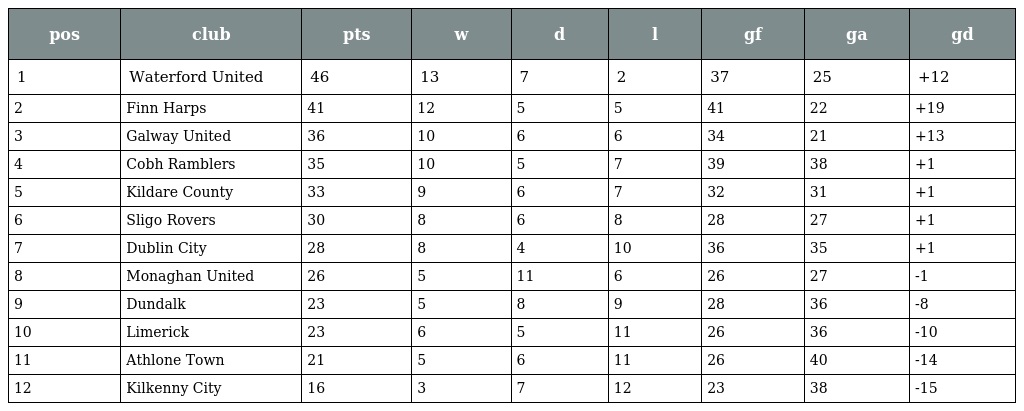
| pos | club | pts | w | d | l | gf | ga | gd |
 | --- | --- | --- | --- | --- | --- | --- | --- | --- |
 | 1 | Waterford United | 46 | 13 | 7 | 2 | 37 | 25 | +12 |
 | 2 | Finn Harps | 41 | 12 | 5 | 5 | 41 | 22 | +19 |
 | 3 | Galway United | 36 | 10 | 6 | 6 | 34 | 21 | +13 |
 | 4 | Cobh Ramblers | 35 | 10 | 5 | 7 | 39 | 38 | +1 |
 | 5 | Kildare County | 33 | 9 | 6 | 7 | 32 | 31 | +1 |
 | 6 | Sligo Rovers | 30 | 8 | 6 | 8 | 28 | 27 | +1 |
 | 7 | Dublin City | 28 | 8 | 4 | 10 | 36 | 35 | +1 |
 | 8 | Monaghan United | 26 | 5 | 11 | 6 | 26 | 27 | -1 |
 | 9 | Dundalk | 23 | 5 | 8 | 9 | 28 | 36 | -8 |
 | 10 | Limerick | 23 | 6 | 5 | 11 | 26 | 36 | -10 |
 | 11 | Athlone Town | 21 | 5 | 6 | 11 | 26 | 40 | -14 |
 | 12 | Kilkenny City | 16 | 3 | 7 | 12 | 23 | 38 | -15 |